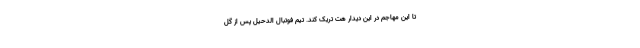
تا این مهاجم در این دیدار هت تریک کند. تیم فوتبال الدحیل پس از گل